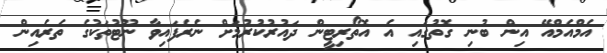
އެމްއެމްއޭ އިން ބުނި ގޮތުގައި އެ އޮތޯރިޓީން ދައުރުކުރުމަށް ނެރެފައިވާ ނޫޓުތަކުގެ ތެރެއިން